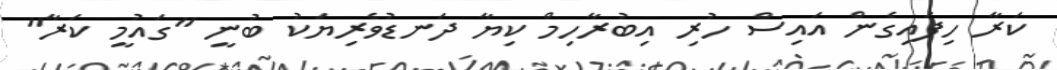
ކަރާ ހިފައިގެން އައިސް ހުރި އިބުރާހިމް ކިޔާ ދަނޑުވެރިޔަކު ބުނީ "ގައުމީ ކަރާ"